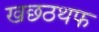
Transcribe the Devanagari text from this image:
खछठथफ